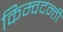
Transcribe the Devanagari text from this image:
किम्वदन्ती